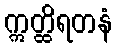
ဣတ္ထိရတနံ